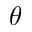
\boldsymbol { \theta }